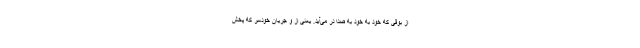
از بوقی که خود به خود به صدا در می‌آید. یعنی از و جریان خودسر که پخش